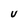
Character: U